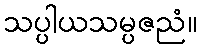
သပ္ပါယသမ္ပဇညံ။